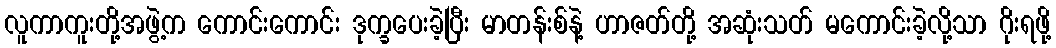
လူကာကူးတို့အဖွဲ့က ကောင်းကောင်း ဒုက္ခပေးခဲ့ပြီး မာတန်းစ်နဲ့ ဟာဇတ်တို့ အဆုံးသတ် မကောင်းခဲ့လို့သာ ဂိုးရဖို့